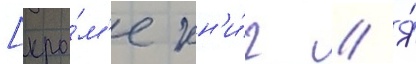
[кро́м'е кн'и́г // Я́